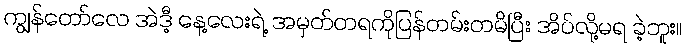
ကျွန်တော်လေ အဲဒီ့ နေ့လေးရဲ့ အမှတ်တရကိုပြန်တမ်းတမိပြီး အိပ်လို့မရ ခဲ့ဘူး။